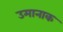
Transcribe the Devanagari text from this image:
उमानाक